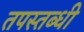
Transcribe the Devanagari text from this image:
तपस्तब्धी